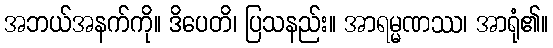
အဘယ်အနက်ကို။ ဒိပေတိ၊ ပြသနည်း။ အာရမ္မဏဿ၊ အာရုံ၏။